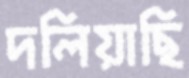
দলিয়াছি